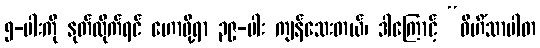
၅-ပါးကို နုတ်လိုက်ရင် ဟောဖို့ရာ ၃၉-ပါး ကျန်သေးတယ်၊ ဒါကြောင့် “ဝိဟိံသာပါတ